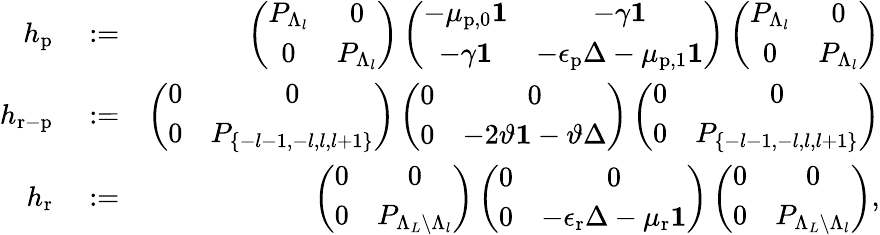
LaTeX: \begin{array}{rlr}{h_{\mathrm{p}}}&{{}:=}&{\left(\begin{array}{cc}{P_{\Lambda_{l}}}&{0}\\ {0}&{P_{\Lambda_{l}}}\end{array}\right)\left(\begin{array}{cc}{-\mu_{\mathrm{p},0}\mathbf{1}}&{-\gamma\mathbf{1}}\\ {-\gamma\mathbf{1}}&{-\epsilon_{\mathrm{p}}\Delta-\mu_{\mathrm{p},1}\mathbf{1}}\end{array}\right)\left(\begin{array}{cc}{P_{\Lambda_{l}}}&{0}\\ {0}&{P_{\Lambda_{l}}}\end{array}\right)}\\ {h_{\mathrm{r-p}}}&{{}:=}&{\left(\begin{array}{cc}{0}&{0}\\ {0}&{P_{\{ -l-1,-l,l,l+1\} }}\end{array}\right)\left(\begin{array}{cc}{0}&{0}\\ {0}&{-2\vartheta\mathbf{1}-\vartheta\Delta}\end{array}\right)\left(\begin{array}{cc}{0}&{0}\\ {0}&{P_{\{ -l-1,-l,l,l+1\} }}\end{array}\right)}\\ {h_{\mathrm{r}}}&{{}:=}&{\left(\begin{array}{cc}{0}&{0}\\ {0}&{P_{\Lambda_{L}\backslash\Lambda_{l}}}\end{array}\right)\left(\begin{array}{cc}{0}&{0}\\ {0}&{-\epsilon_{\mathrm{r}}\Delta-\mu_{\mathrm{r}}\mathbf{1}}\end{array}\right)\left(\begin{array}{cc}{0}&{0}\\ {0}&{P_{\Lambda_{L}\backslash\Lambda_{l}}}\end{array}\right),}\end{array}